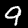
Digit: 9